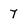
Character: 7